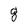
Character: 8